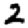
Digit: 2